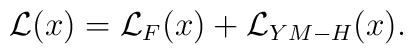
{\cal{L}}(x)={\cal L}_{F}(x)+{\cal L}_{YM-H}(x).